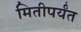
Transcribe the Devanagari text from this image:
मितीपर्यंत